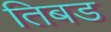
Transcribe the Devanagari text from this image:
तिबड